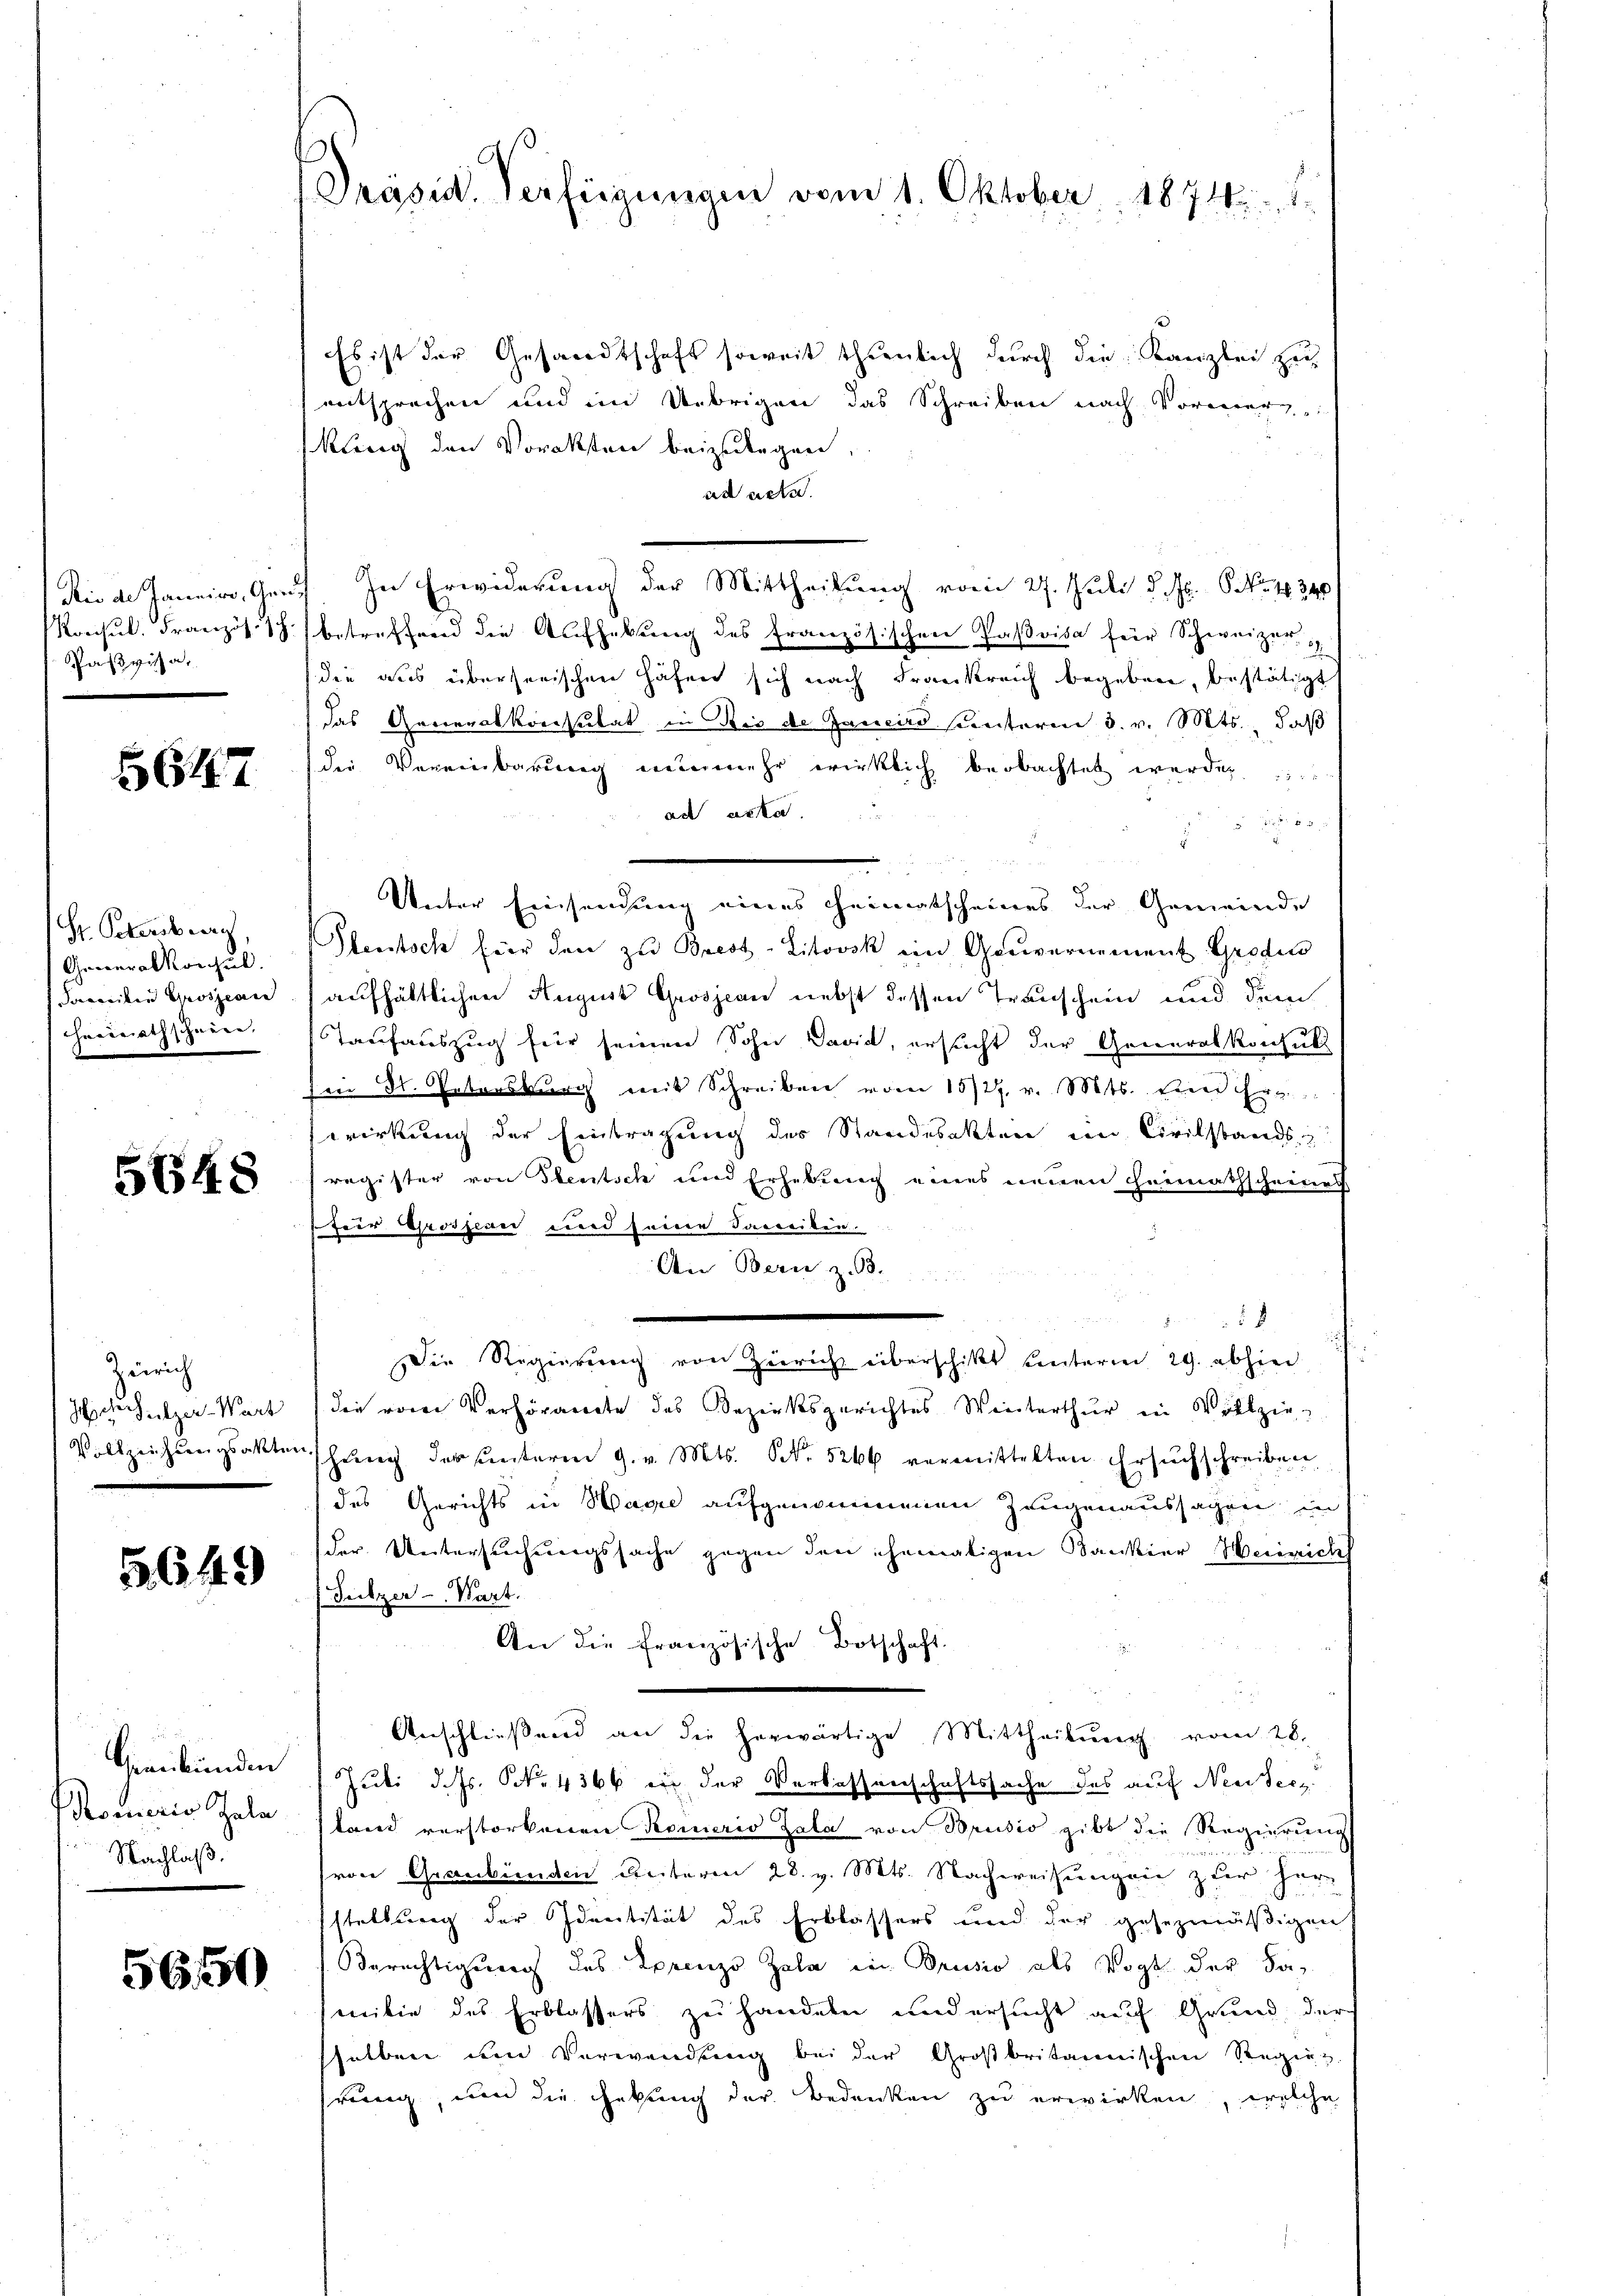
Paspisa,

5647

Hr. Petersberg
Generalkonseil.
Soweiten Grosjean
Hocerrathschneee. |

5648

Zürich
Haschulzer-Wart

5649

Graubünden
Roverio Sala
Nachlaß.

56150

Präsid. Verfügungen vom 1. Oktober 1874.

Es ist der Gesandtschaft soweit thunlich durch die Kanzlei zu
entsprechen und im Uebrigen das Schreiben nach Vormerg
kung den Voraksten beizulegen,
ad acte.
Rio de Janeiro, Graf In Erwiderung der Mittheilung vom 27. Juli d. Js. No. 4340
Konsŭl. Französ. 18. betreffend die Aufhebŭng des französischen Paßvisa für Schweizer,
die aus überseeischen Häfen sich nach Frankreich begeben, bestätigt
das Generalkonsulat in Bis de Janeiro sunterm 3. v. Mts., daß
die Vereinbarung nunmehr wirklich beobachtet werden
ad acta

Unter Einsendung eines Heimatscheines der Gemeinde
Pleutsch für den zu Brest-Litovsk ein Gouvernement Groden
aufhältlichen August Grosjean nebst dessen Transchein und dem
Taufauszug für seinen Sohn David, ersucht der Generalkonsult
sen Dr. Petersburg mit Schreiben vom 15/27. v. Mts. einer Ehrg
wirkung der Eintragung des Standesakten ein Civilstands
register von Steutsch und Erhebung eines neuen Heimathscheines
Heer Grosserer und seine Soweiten.
An Bern z. B.
58
Die Regierung von Züricht überschikt unterm 29. abhin
die von Verhöramte des Bezirksgerichtes Winterthur in Vollzie¬
Vollzeichnungsakterschŭng der ŭnterm 9. v. Mts. N. 5266 vermittelten Ersŭchschreiben
des Gerichts in Havre aufgenommenen Zeugenaussagen in
der Untersuchungssache gegen den ehemaligen Bankier Heinrich
Sulzer-Wart.
An die Französische Botschaft.
Anschließend an die herwärtige Mittheilŭng vom 28.
Juli d. Js. No. 4366 ein der Verlassenschaftssache des auf Neubece
tand verstorbenen Pepinario Zala von Brusio gibt die Regierung
von Graubünden Reiteren 28. v. Mts. Nachweisungen zur Herr
stellung der Identität des Erblassers und der gesezmäßigen
Berechtigung des Sprenzo Zala in Brusio als Vogt der Familie des Erblassers zu handern nid ersucht auf Grund, der
selben um Verwendung bei der Großbritannischen Regen
rung, um die Gebung der Bedenken zu erwirken, welche